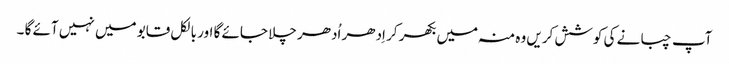
آپ چبانے کی کوشش کریں وہ منہ میں بکھر کر اِدھر اُدھر چلا جائے گا اور بالکل قابو میں نہیں آئے گا ۔